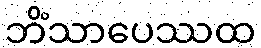
ဘိံသာပေဿထ